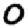
Digit: 0